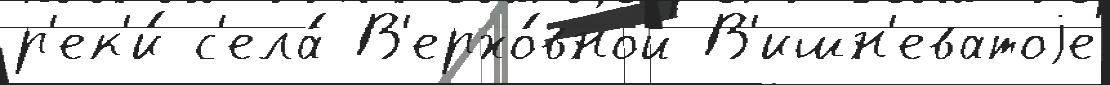
р'ек'и́ с'ела́ В'ерхо́вной В'ишн'еватоjе